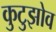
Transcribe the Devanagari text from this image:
कुटुझोव